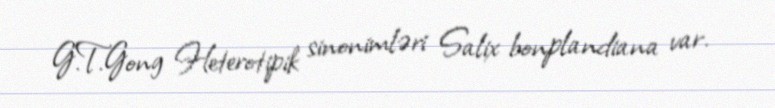
G.T.Gong Heterotipik sinonimləri Salix bonplandiana var.